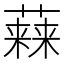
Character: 𧀃